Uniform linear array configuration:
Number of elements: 32
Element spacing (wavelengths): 1
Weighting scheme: cosine
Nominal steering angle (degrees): -60
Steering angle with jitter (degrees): -60.374
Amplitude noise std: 0.05
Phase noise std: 0.05

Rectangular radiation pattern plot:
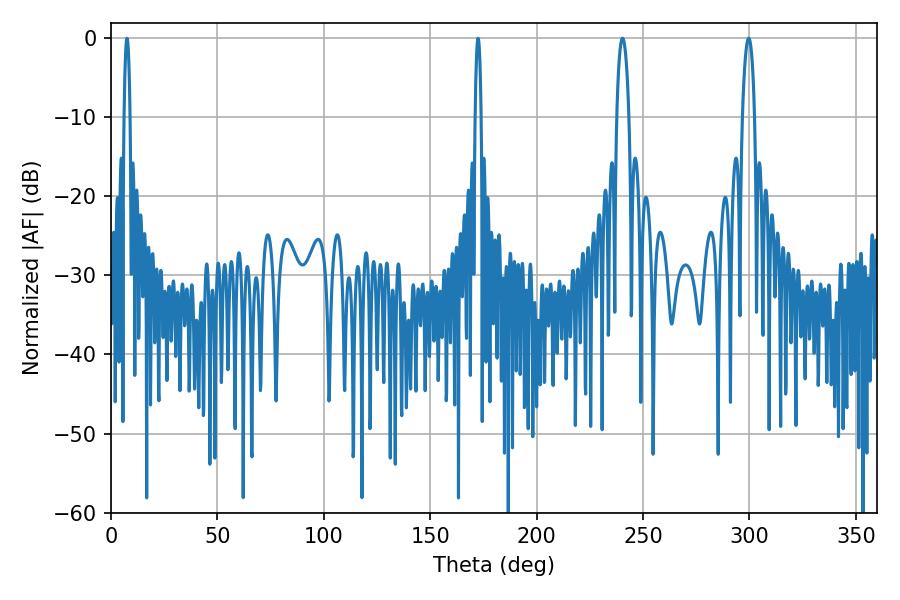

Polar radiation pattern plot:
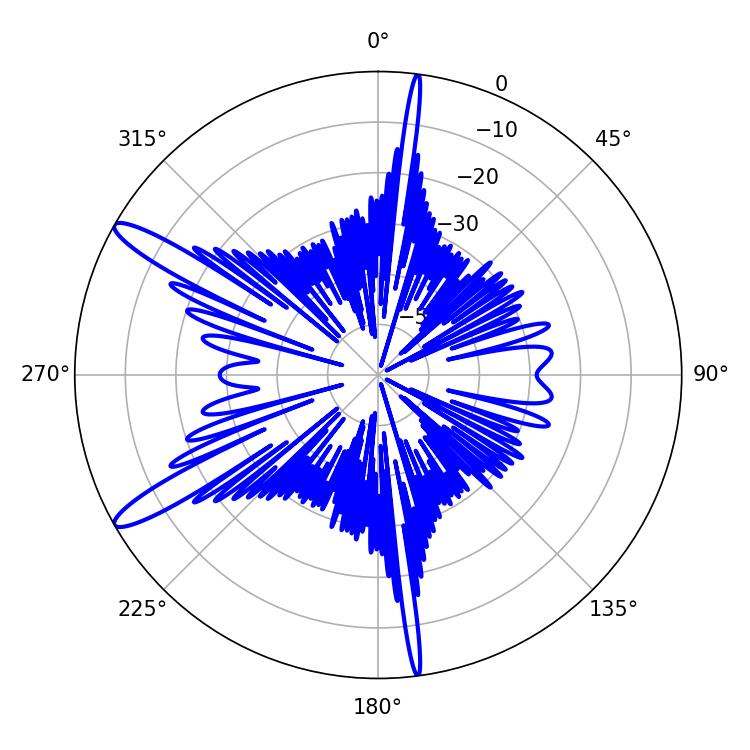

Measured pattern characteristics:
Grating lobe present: TRUE
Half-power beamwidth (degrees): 3.06
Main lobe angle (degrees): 240.3